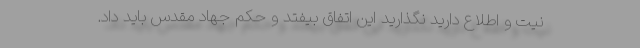
نیت و اطلاع دارید نگذارید این اتفاق بیفتد و حکم جهاد مقدس باید داد.